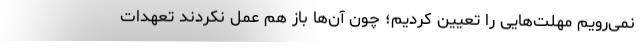
نمی‌رویم مهلت‌هایی را تعیین کردیم؛ چون آن‌ها باز هم عمل نکردند تعهدات